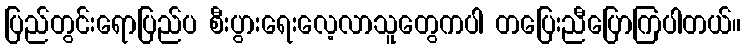
ပြည်တွင်းရောပြည်ပ စီးပွားရေးလေ့လာသူတွေကပါ တပြေးညီပြောကြပါတယ်။